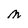
Character: M